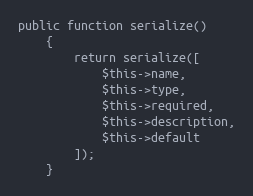
Language: PHP
public function serialize()
    {
        return serialize([
            $this->name,
            $this->type,
            $this->required,
            $this->description,
            $this->default
        ]);
    }